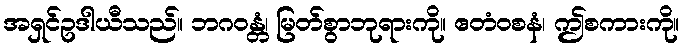
အရှင်ဥဒါယီသည်။ ဘဂဝန္တံ၊ မြတ်စွာဘုရားကို။ ဧတံဝစနံ၊ ဤစကားကို။